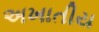
અખાતીય